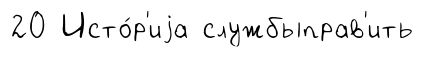
20 Исто́р'иjа службыправ'ить